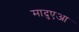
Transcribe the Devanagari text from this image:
मादुएआ